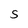
Character: S